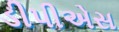
ડીપીએસ